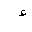
Letter: _hamza